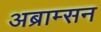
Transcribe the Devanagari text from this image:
अब्राम्सन